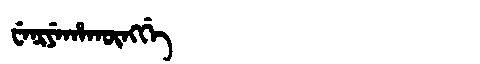
Manchu: ᠸᡝᠨᡳᠶᡝᡥᠠᡴᡡᠩᡤᡝ
Romanization: WENIYEHAKŪNGGE